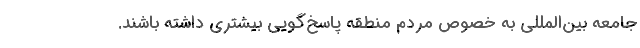
جامعه بین‌المللی به خصوص مردم منطقه پاسخ‌گویی بیشتری داشته باشند.